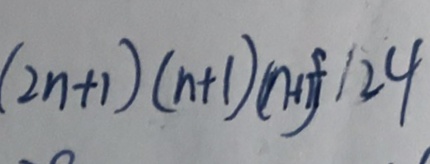
( 2 n + 1 ) ( n + 1 ) ( n + 1 ) 1 2 4